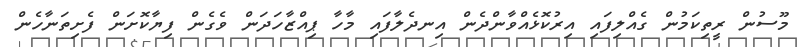
މޫސުން ރީތިކަމުން ގެއްލިފައި އިރުކޮޅެއްވާންދެން އިނދެލާފައި މާހާ ޕިއްޒާހަދަން ވެގެން ފިޔާކޮށަން ފެށިތަނާހެން